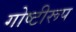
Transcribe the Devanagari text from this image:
गोष्टीरूप